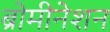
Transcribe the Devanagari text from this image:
ब्रोमीनेशन